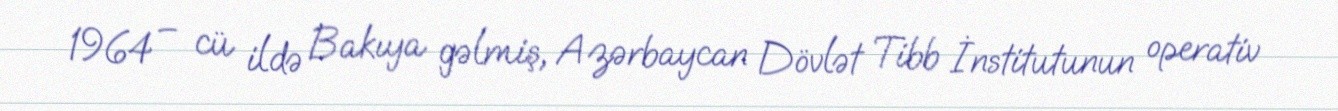
1964 – cü ildə Bakıya gəlmiş, Azərbaycan Dövlət Tibb İnstitutunun operativ